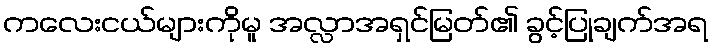
ကလေးငယ်များကိုမူ အလ္လာအရှင်မြတ်၏ ခွင့်ပြုချက်အရ